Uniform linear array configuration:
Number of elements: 8
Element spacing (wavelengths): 0.25
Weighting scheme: uniform
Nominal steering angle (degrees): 45
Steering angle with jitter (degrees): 43.976
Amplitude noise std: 0.05
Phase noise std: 0.05

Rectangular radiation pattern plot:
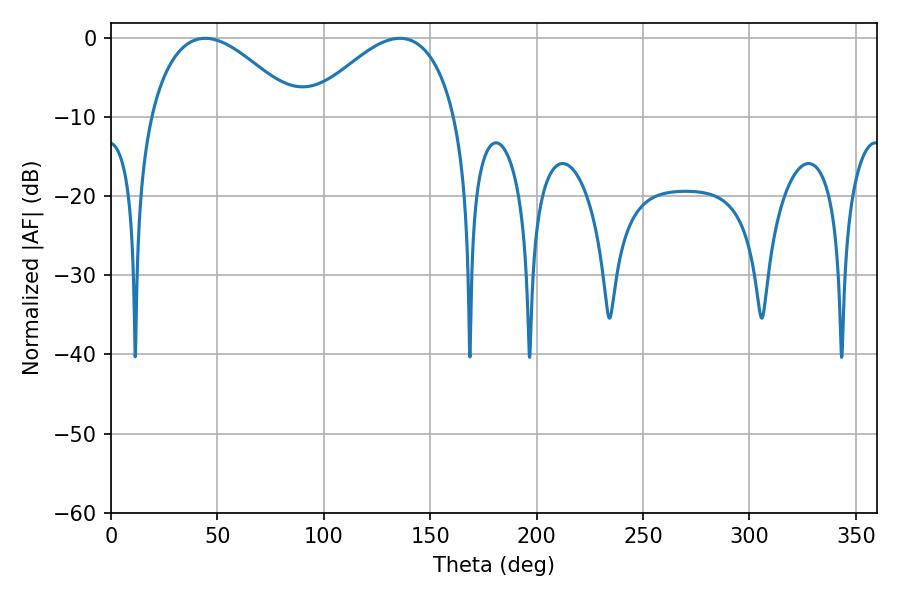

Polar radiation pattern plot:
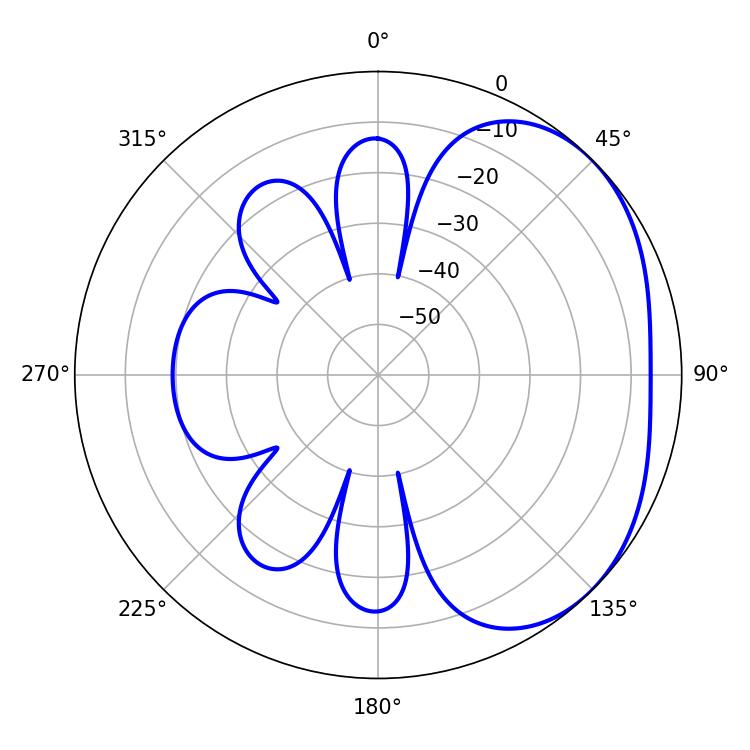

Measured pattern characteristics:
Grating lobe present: FALSE
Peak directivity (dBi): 2.794
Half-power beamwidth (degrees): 38.16
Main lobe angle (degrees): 44.28